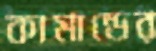
কামান্ডের